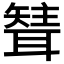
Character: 𦗊